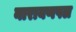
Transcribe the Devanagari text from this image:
नारायणपल